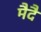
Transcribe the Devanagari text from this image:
मैदै